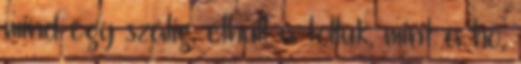
mind egy szálig, elhull a tolluk, mint a hó,